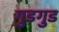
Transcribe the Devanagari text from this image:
गुडगुड